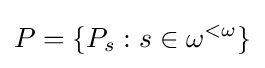
P=\{P_{s}:s\in \omega ^{<\omega }\}